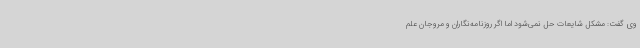
وی گفت: مشکل شایعات حل نمی‌شود اما اگر روزنامه‌نگاران و مروجان علم